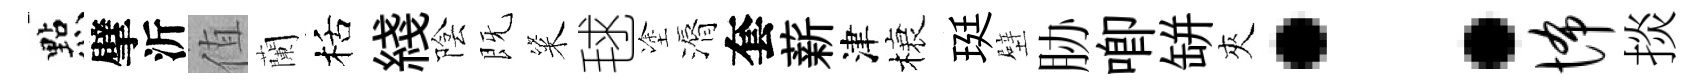
㸃擘沂值蘭栝綫陰既粢毬塗漘套薪津榱珽壁胁唧缾夾：怖掞